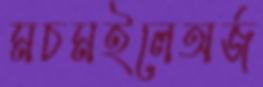
মচমইলেঅর্জ